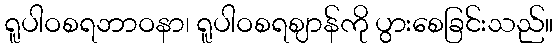
ရူပါဝစရဘာဝနာ၊ ရူပါဝစရဈာန်ကို ပွားစေခြင်းသည်။